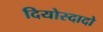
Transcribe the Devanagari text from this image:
दियोस्दादो